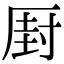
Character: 𠪆